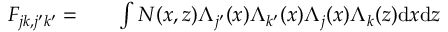
\begin{array} { r l r } { F _ { j k , j ^ { \prime } k ^ { \prime } } = } & { { } } & { \int N ( x , z ) \Lambda _ { j ^ { \prime } } ( x ) \Lambda _ { k ^ { \prime } } ( x ) \Lambda _ { j } ( x ) \Lambda _ { k } ( z ) \mathrm { d } x \mathrm { d } z } \end{array}